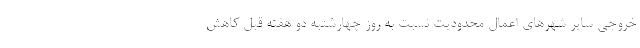
خروجی سایر شهرهای اعمال محدودیت نسبت به روز چهارشنبه دو هفته قبل کاهش